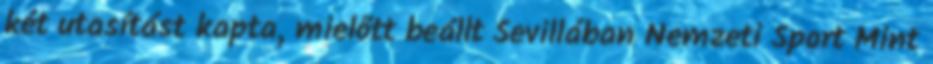
két utasítást kapta, mielőtt beállt Sevillában Nemzeti Sport Mint